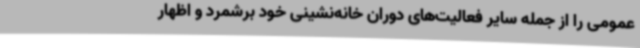
عمومی را از جمله سایر فعالیت‌های دوران خانه‌نشینی خود برشمرد و اظهار